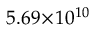
5 . 6 9 \! \times \! 1 0 ^ { 1 0 }